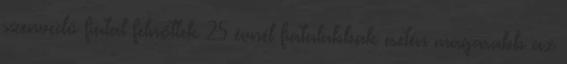
szenvedő fiatal felnőttek 25 évnél fiatalabbak esetén magasabb az